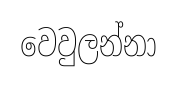
වෙවුලන්නා